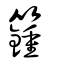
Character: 籦